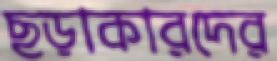
ছড়াকারদের